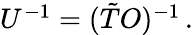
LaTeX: \begin{array}{r}{{U}^{-1}=(\tilde{T}O)^{-1}\, .}\end{array}